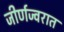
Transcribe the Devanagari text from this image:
जीर्णज्वरात